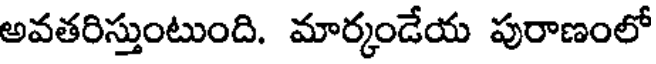
అవతరిస్తుంటుంది. మార్కండేయ పురాణంలో